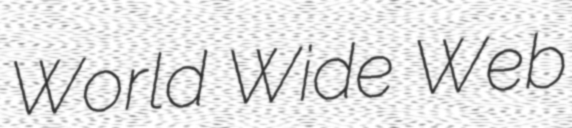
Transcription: World Wide Web